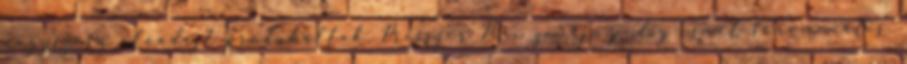
nagyszerű előadást produkáltak. Presszer Pici zenéje pedig ismét fenomenális.